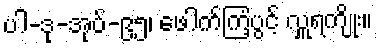
ပါ-ဒု-အုပ်-၉၅၊ ဖေါက်ကြံ့ပွင့် လှူရကျိုး။